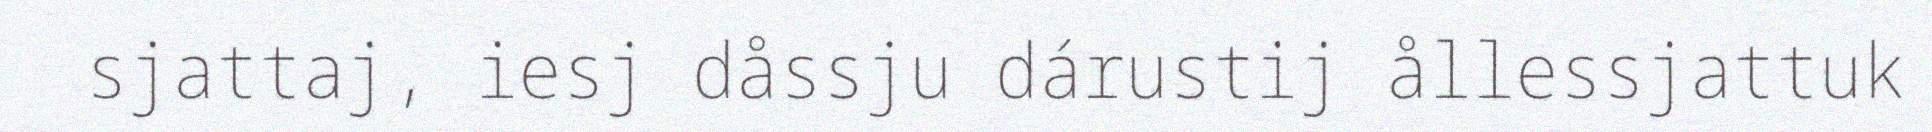
sjattaj, iesj dåssju dárustij ållessjattuk